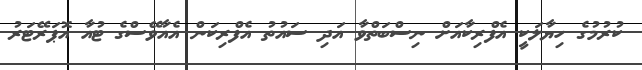
ކުރުމުގެ ހިޔާލަކީ އެފްރިކާއަށް ނިސްބަތްވާ އަދި ސައުތު އެފްރިކަން އެއާވޭސްގެ ޓުއާ އޮޕަރޭޓަރު